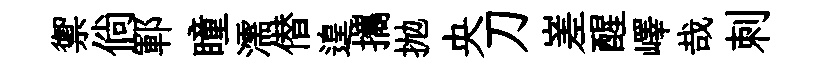
禦倘鄆瞳濡僣遑攜抛央刀嵳醒嶧哉刺